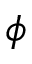
\phi